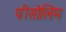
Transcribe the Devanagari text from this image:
पीसोलिम